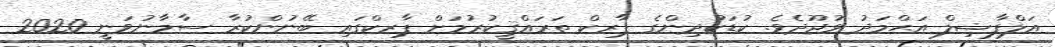
އަލްފާޟިލް އަޙްމަދު ވުޖޫދެވެ. ކުޑަކުދިންގެ ޕާރކް ތަރައްޤީކުރުމަށް ޕާރކްގައި ބޭނުންކުރާ ސާމާނުވަނީ 2020